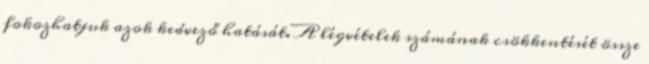
fokozhatjuk azok kedvező hatását. A légvételek számának csökkentését össze